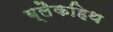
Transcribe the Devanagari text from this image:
ब्लैकहिथ